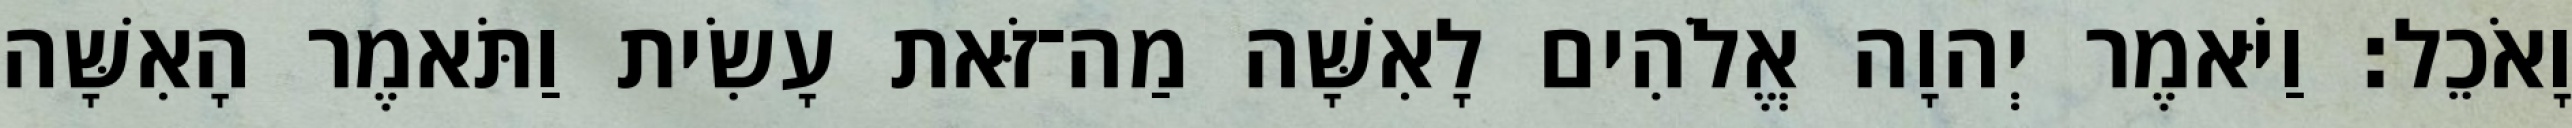
וָאֹכֵל׃ וַיֹּאמֶר יְהוָה אֱלֹהִים לָאִשָּׁה מַה־זֹּאת עָשִׂית וַתֹּאמֶר הָאִשָּׁה